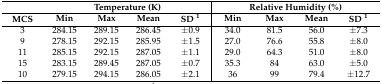
|  | <COLSPAN=4> Temperature (K) | <COLSPAN=4> Relative Humidity (%) |
 | MCS | Min | Max | Mean | SD 1 | Min | Max | Mean | SD 1 |
 | --- | --- | --- | --- | --- | --- | --- | --- | --- |
 | 3 | 284.15 | 289.15 | 286.45 | ±0.9 | 34.0 | 81.5 | 56.0 | ±7.3 |
 | 9 | 278.15 | 292.15 | 285.95 | ±1.5 | 27.0 | 76.6 | 55.8 | ±8.0 |
 | 11 | 285.15 | 292.15 | 287.05 | ±1.1 | 29.0 | 64.3 | 51.0 | ±8.0 |
 | 15 | 283.15 | 289.45 | 287.05 | ±0.7 | 35.3 | 84 | 63.0 | ±5.0 |
 | 10 | 279.15 | 294.15 | 286.05 | ±2.1 | 36 | 99 | 79.4 | ±12.7 |